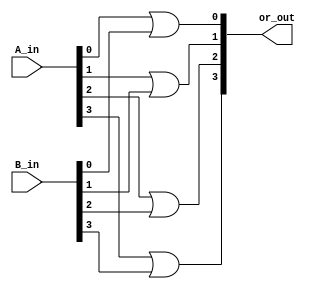
module four_bit_or(

    input [3:0] A_in,

    input [3:0] B_in,

    output [3:0] or_out

    );

    

    or g1(or_out[0],A_in[0],B_in[0]);

    or g2(or_out[1],A_in[1],B_in[1]);

    or g3(or_out[2],A_in[2],B_in[2]);

    or g4(or_out[3],A_in[3],B_in[3]);

endmodule